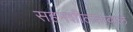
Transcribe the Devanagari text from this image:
सहनशीलतावाले